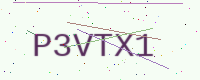
Text: P3VTX1